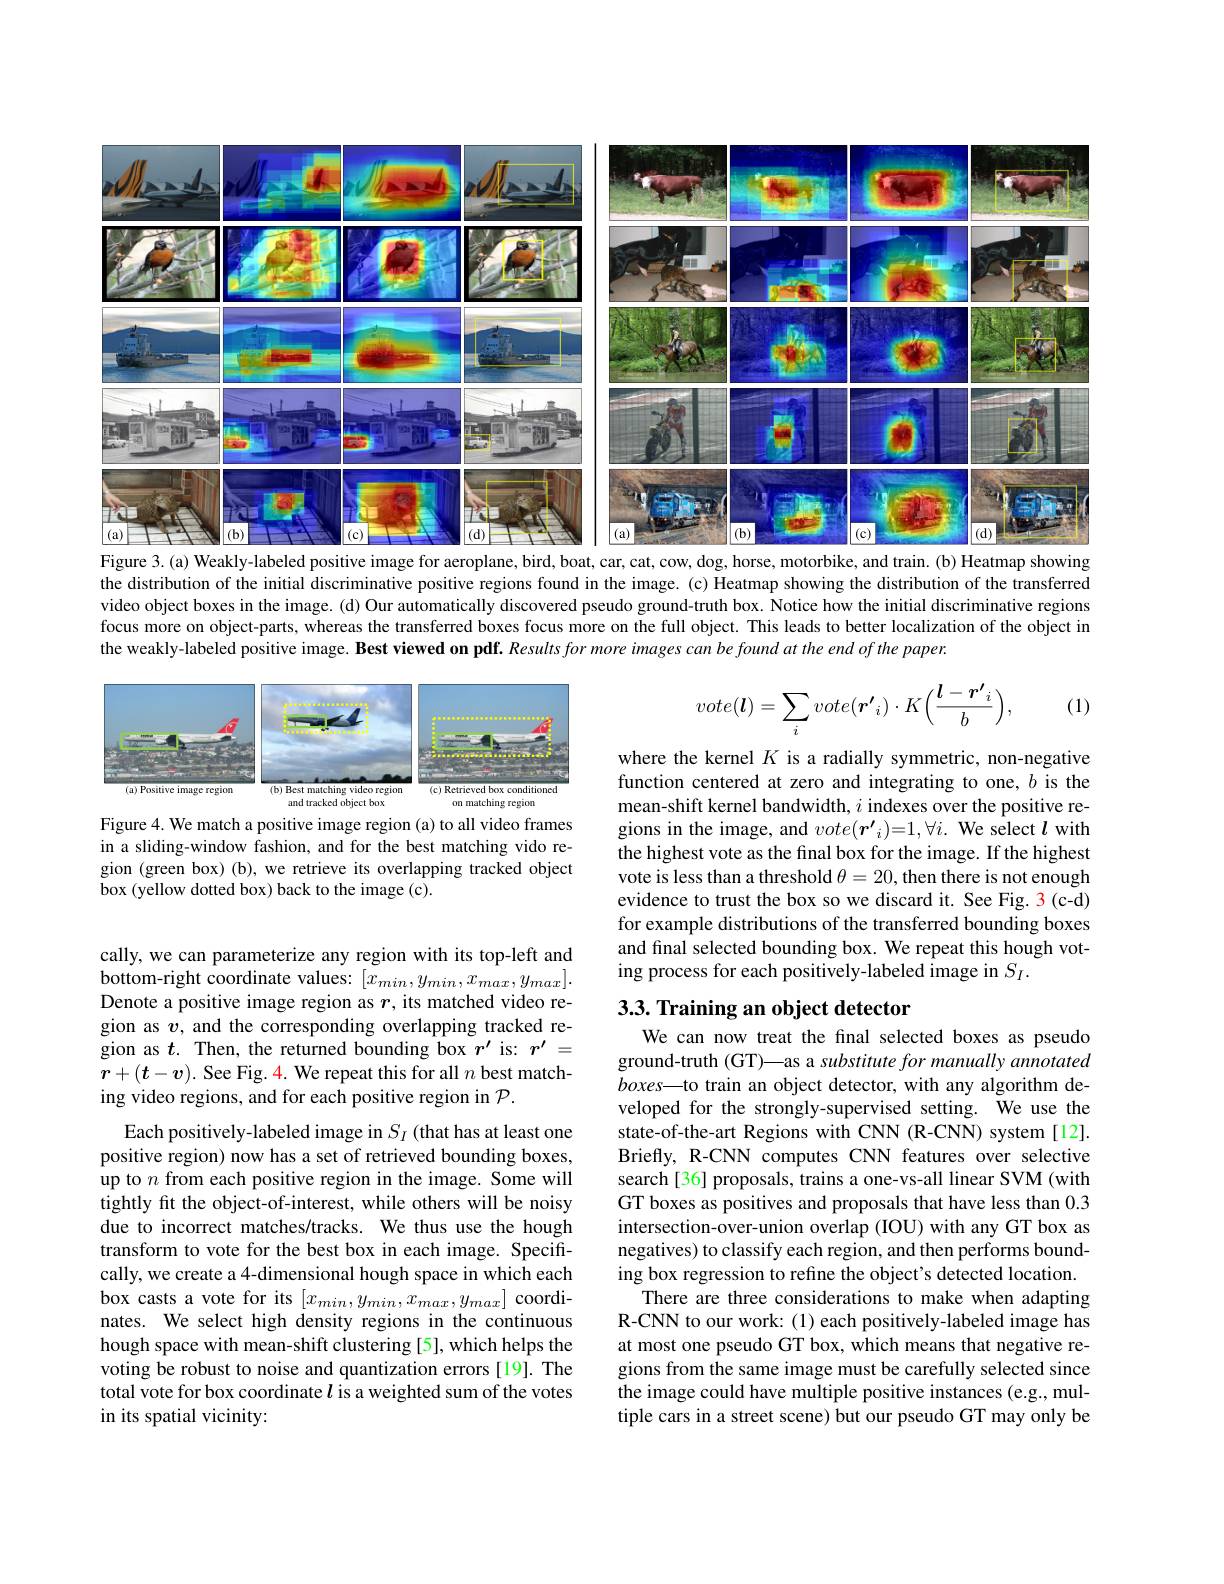
<FigureHere>
Figure 3.(a) Weakly-labeled positive image for aeroplane, bird, boat, car, cat, cow, dog, horse, motorbike, and train. (b) Heatmap showing

the distribution of the initial discriminative positive regions found in the image. (c) Heatmap showing the distribution of the transferred video object boxes in the image. (d) Our automatically discovered pseudo ground-truth box. Notice how the initial discriminative regions focus more on object-parts, whereas the transferred boxes focus more on the full object. This leads to better localization of the object in the weakly-labeled positive image. Best viewed on pdf. Resultsformore images can be found at the end of the paper.

(1)
$$vote(\boldsymbol{l})=\sum_ivote(\boldsymbol{r'}_i)\cdot K\Big(\frac{\boldsymbol{l}-\boldsymbol{r'}_i}{b}\Big),$$
<FigureHere>
Figure 4. We match a positive image region (a) to all video frames

in a sliding-window fashion, and for the best matching vido region (green box) (b), we retrieve its overlapping tracked object box (yellow dotted box) back to the image (c).

where the kernel $K$ is a radially symmetric, non-negative function centered at zero and integrating to one, $b$ is the mean-shift kernel bandwidth, $i$ indexes over the positive regions in the image, and $vote(\boldsymbol{r^{\prime}}_i)=1,\forall i.$ We select $l$ with the highest vote as the final box for the image. If the highest vote is less than a threshold $\theta=20$, then there is not enough evidence to trust the box so we discard it. See Fig. 3(c-d) for example distributions of the transferred bounding boxes and final selected bounding box. We repeat this hough voting process for each positively-labeled image in $S_I.$

## 3.3. Training an object detector

cally, we can parameterize any region with its top-left and bottom-right coordinate values: $[x_{min},y_{min},x_{max},y_{max}].$ Denote a positive image region as $r$, its matched video region as $v$, and the corresponding overlapping tracked region as $t.$ Then, the returned bounding box $r^\prime$ is: $r^{\prime}=$ $r+(t-v).$ See Fig. 4. We repeat this for all $n$ best matching video regions, and for each positive region in $\mathcal{P}.$

We can now treat the final selected boxes as pseudo ground-truth (GT)—as a substitute for manually annotated $boxes\_$to train an object detector, with any algorithm developed for the strongly-supervised setting. We use the state-of-the-art Regions with CNN (R-CNN) system[12]. Briefly, R-CNN computes CNN features over selective search[36] proposals, trains a one-vs-all linear SVM (with GT boxes as positives and proposals that have less than 0.3 intersection-over-union overlap (IOU) with any GT box as negatives) to classify each region, and then performs bounding box regression to refine the object's detected location.
There are three considerations to make when adapting R-CNN to our work: (1) each positively-labeled image has at most one pseudo GT box, which means that negative regions from the same image must be carefully selected since the image could have multiple positive instances (e.g., multiple cars in a street scene) but our pseudo GT may only be

Each positively-labeled image in $S_{I}$ (that has at least one positive region) now has a set of retrieved bounding boxes, up to $n$ from each positive region in the image. Some will tightly fit the object-of-interest, while others will be noisy due to incorrect matches/tracks. We thus use the hough transform to vote for the best box in each image. Specifically, we create a 4-dimensional hough space in which each box casts a vote for its $[x_{min},y_{min},x_{max},y_{max}]$ coordinates. We select high density regions in the continuous hough space with mean-shift clustering [5], which helps the voting be robust to noise and quantization errors[19]. The total vote for box coordinate $l$ is a weighted sum of the votes in its spatial vicinity: